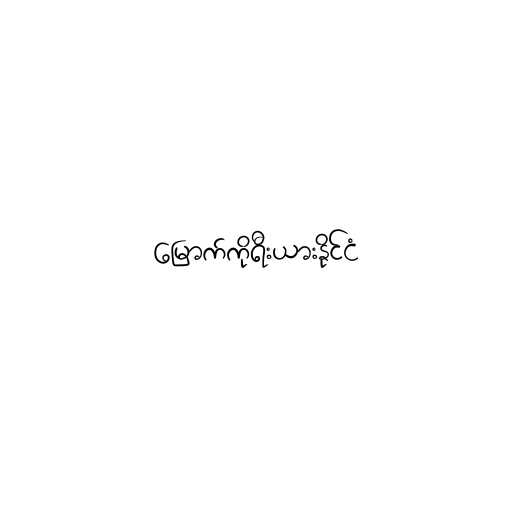
မြောက်ကိုရီးယားနိုင်ငံ